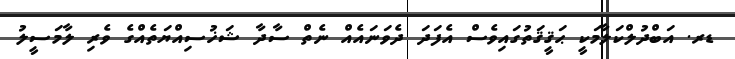
ޑރ. އަބްދުލްކަލާމަކީ ޙަޤީޤަތުގައިވެސް އެފަދަ ދެވަނައެއް ނެތް ސާދާ ޝަޚުސިއްޔަތެއްގެ ވެރި ލާމަސީލު